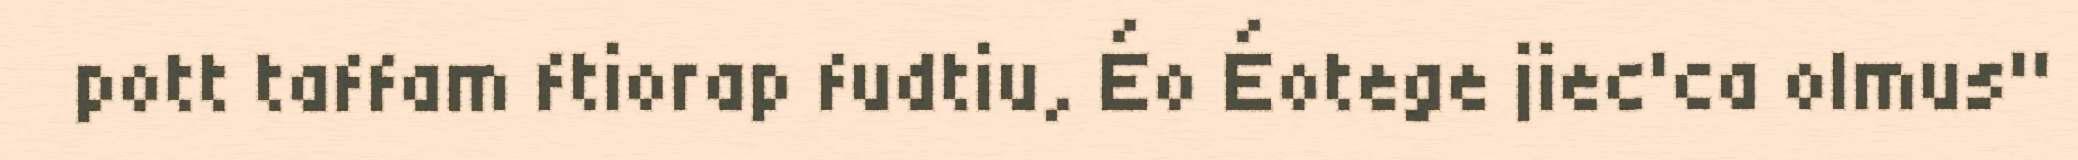
pott taffam ftiorap fudtiu, Éo Éotege jiec'ca olmus"